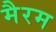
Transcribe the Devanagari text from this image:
मैरम